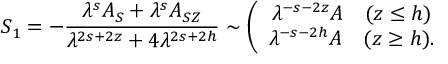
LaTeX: S _ { 1 } = - \frac { \lambda ^ { s } A _ { S } + \lambda ^ { s } A _ { S Z } } { \lambda ^ { 2 s + 2 z } + 4 \lambda ^ { 2 s + 2 h } } \sim \left( \begin{array} { c } { { \lambda ^ { - s - 2 z } A \quad ( z \leq h ) } } \\ { { \lambda ^ { - s - 2 h } A \quad ( z \geq h ) . } } \end{array} \right.